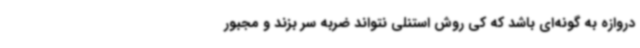
دروازه به گونه‌ای باشد که کی روش استنلی نتواند ضربه سر بزند و مجبور